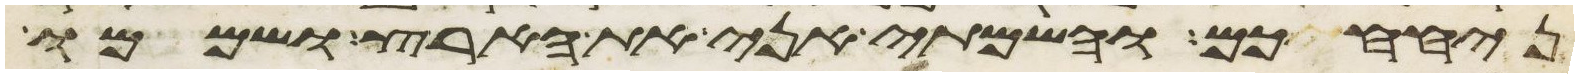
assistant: ניחחכם והשמתי אני את הארץ ושממו